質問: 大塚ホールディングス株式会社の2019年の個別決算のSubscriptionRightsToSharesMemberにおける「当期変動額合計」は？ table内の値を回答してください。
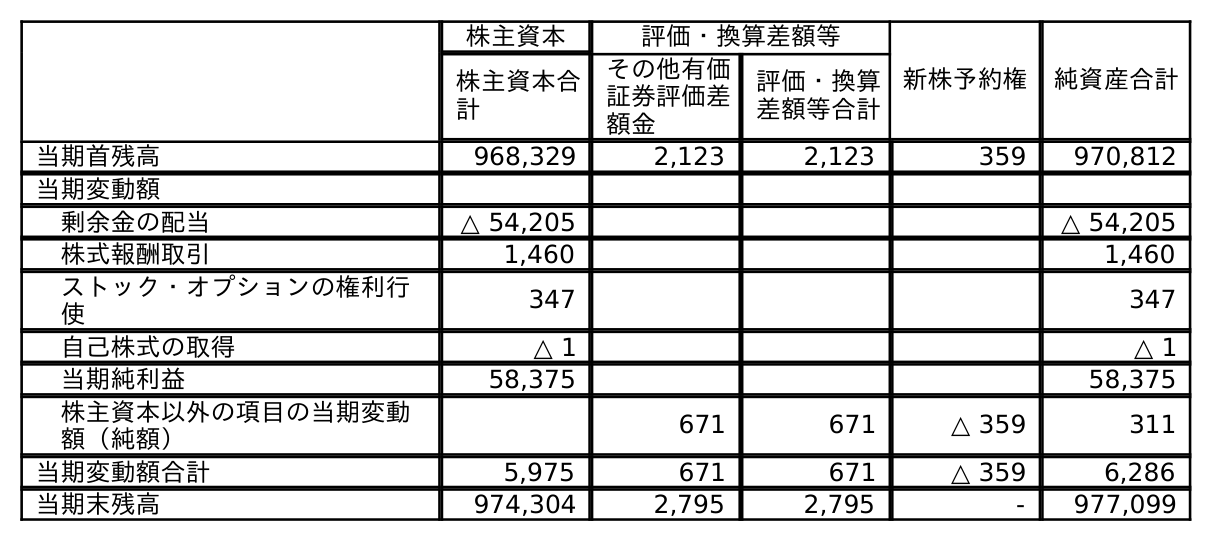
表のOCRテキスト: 株主資本 評価・換算差額等 新株予約権 純資産合計 株主資本合 計 その他有価 証券評価差 額金 評価・換算 差額等合計 当期首残高 968,329 2,123 2,123 359 970,812 当期変動額 剰余金の配当 △ 54,205 △ 54,205 株式報酬取引 1,460 1,460 ストック・オプションの権利行 使 347 347 自己株式の取得 △ 1 △ 1 当期純利益 58,375 58,375 株主資本以外の項目の当期変動 額（純額） 671 671 △ 359 311 当期変動額合計 5,975 671 671 △ 359 6,286 当期末残高 974,304 2,795 2,795 - 977,099
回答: △359